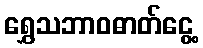
ရွှေသဘာဝဓာတ်ငွေ့